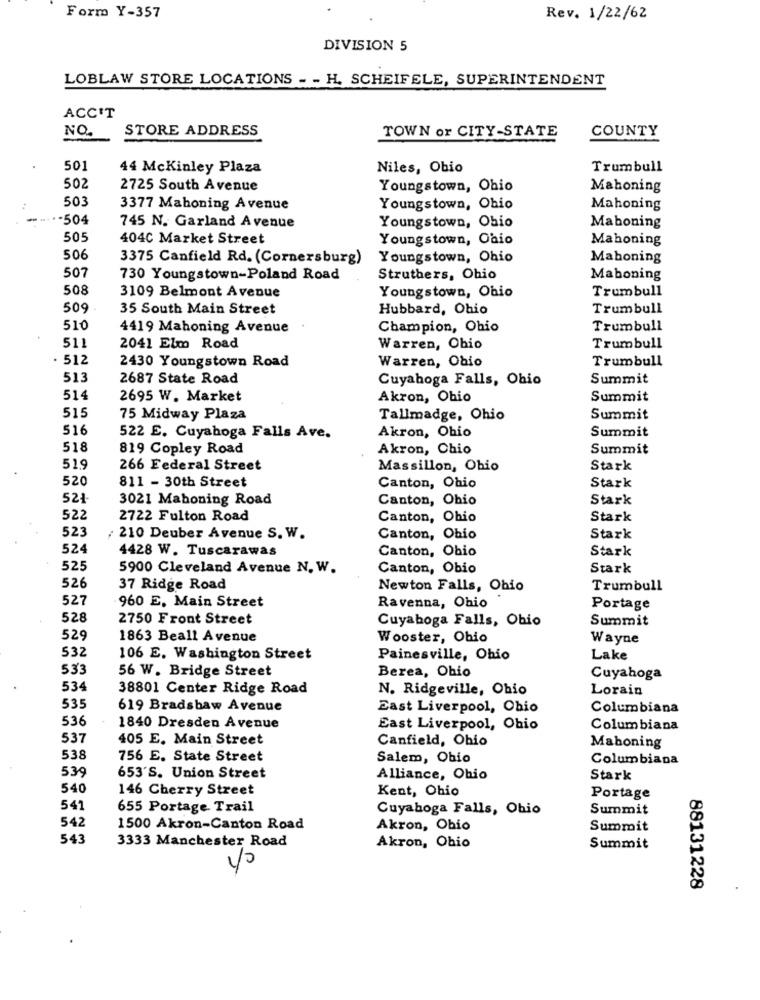
Form Y-357
Rev. 1/22/62
DIVISION 5
LOBLAW STORE LOCATIONS - - H. SCHEIFELE, SUPERINTENDENT
ACC'T
NO.
STORE ADDRESS
TOWN or CITY-STATE
COUNTY
501
44 Mckinley Plaza
Niles, Obio
Trumbull
502
2725 South Avenue
Youngstown, Ohio
Mahoning
503
3377 Mahoning Avenue
Youngstown, Ohio
Mahoning
.504
745 N. Garland Avenue
Youngstown, Obio
Maboning
505
404C Market Street
Youngstown, Ohio
Mahoning
506
3375 Canfield Rd. (Cornersburg)
Youngstown, Ohio
Mahoning
507
730 Youngstown-Poland Road
Struthers, Ohio
Maboning
508
Trumbull
3109 Belmont Avenue
Youngstown, Ohio
509
35 South Main Street
Hubbard, Ohio
Trumbull
510
4419 Mahoning Avenue
Champion, Ohio
Trumbull
511
2041 Elm Road
Warren, Ohio
Trumbull
512
2430 Youngstown Road
Warren, Ohio
Trumbull
513
2687 State Road
Cuyahoga Falls, Ohio
Summit
514
2695 W. Market
Akron, Ohio
Summit
515
75 Midway Plaza
Tallmadge, Ohio
Summit
516
Summit
522 E. Cuyahoga Falls Ave.
Akron, Ohio
518
819 Copley Road
Akron, Chio
Summit
51.9
266 Federal Street
Massillon, Ohio
Stark
520
811 - 30th Street
Canton, Ohio
Stark
521-
3021 Mahoning Road
Canton, Ohio
Stark
522
2722 Fulton Road
Canton, Ohio
Stark
523
/ 210 Deuber Avenue S. W.
Canton, Ohio
Stark
524
4428 W. Tuscarawas
Canton, Ohio
Stark
525
5900 Cleveland Avenue N. W.
Canton, Obio
Stark
526
37 Ridge Road
Newton Falls, Ohio
Trumbull
527
960 E. Main Street
Ravenna, Ohio
Portage
528
2750 Front Street
Cuyahoga Falls, Ohio
Summit
529
1863 Beall Avenue
Wooster, Ohio
Wayne
532
106 E. Washington Street
Painesville, Ohio
Lake
533
56 W. Bridge Street
Berea, Ohio
Cuyahoga
534
38801 Center Ridge Road
N. Ridgeville, Ohio
Lorain
535
619 Bradshaw Avenue
East Liverpool, Ohio
Columbiana
536
1840 Dresden Avenue
East Liverpool, Ohio
Columbiana
537
405 E. Main Street
Canfield, Ohio
Mahoning
538
756 E. State Street
Salem, Ohio
Columbiana
539
653'S. Union Street
Alliance, Ohio
Stark
540
146 Cherry Street
Kent, Ohio
Portage
541
655 Portage Trail
Cuyahoga Falls, Ohio
Summit
542
1500 Akron-Canton Road
Akron, Ohio
Summit
543
3333 Manchester Road
Akron, Ohio
Summit
88131228